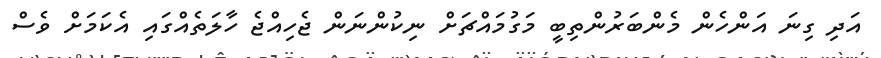
އަދި ގިނަ އަންހެން މެންބަރުންތިބީ މަގުމައްޗަށް ނިކުންނަން ޖެހިއްޖެ ހާލަތެއްގައި އެކަމަށް ވެސް